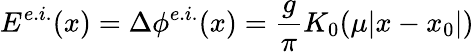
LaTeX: E^{e.i.}(x)=\Delta\phi^{e.i.}(x)=\frac{g}{\pi}K_{0}(\mu|x-x_{0}|)